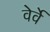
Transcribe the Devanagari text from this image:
वेर्वे